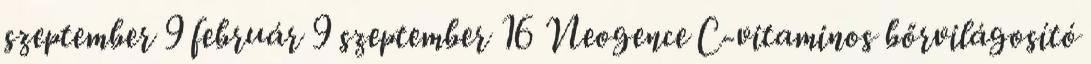
szeptember 9 február 9 szeptember 16 Neogence C-vitaminos bőrvilágosító